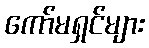
ကော်မရှင်များ